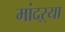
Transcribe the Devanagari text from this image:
मांदऱ्या